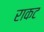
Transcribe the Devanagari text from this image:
राकट